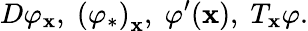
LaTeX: D\varphi_{\mathbf{x}},\; \left(\varphi_{*}\right)_{\mathbf{x}},\; \varphi^{\prime}(\mathbf{x}),\; T_{\mathbf{x}}\varphi.